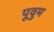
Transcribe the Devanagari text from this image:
पूवुम